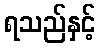
ရသည်နှင့်